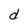
Character: d